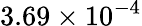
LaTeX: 3.69\times 10^{-4}